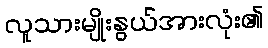
လူသားမျိုးနွယ်အားလုံး၏